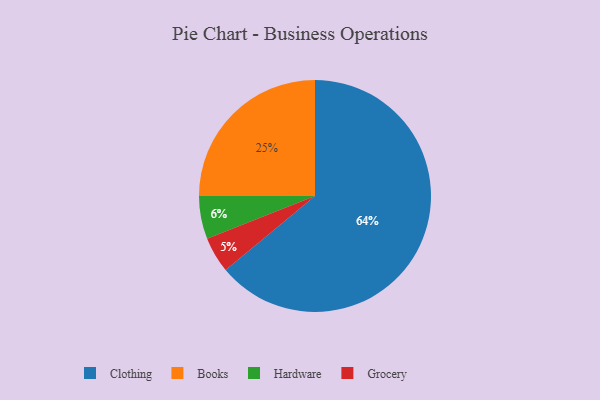
{"axis": {"x": "Category", "y": "Percentage"}, "legend": ["Books", "Clothing", "Grocery", "Hardware"], "data": [{"x": "Hardware", "y": 6, "type": "Hardware"}, {"x": "Clothing", "y": 64, "type": "Clothing"}, {"x": "Grocery", "y": 5, "type": "Grocery"}, {"x": "Books", "y": 25, "type": "Books"}]}